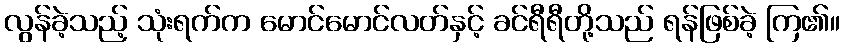
လွန်ခဲ့သည့် သုံးရက်က မောင်မောင်လတ်နှင့် ခင်ရီရီတို့သည် ရန်ဖြစ်ခဲ့ ကြ၏။